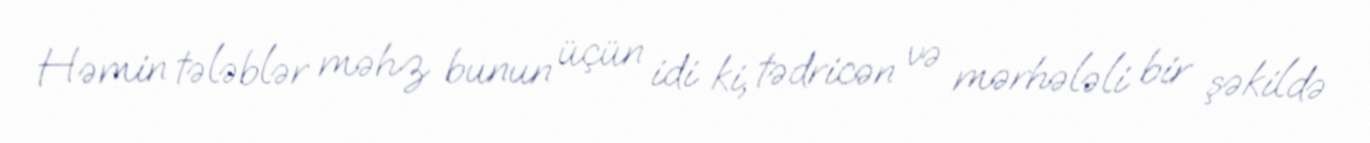
Həmin tələblər məhz bunun üçün idi ki, tədricən və mərhələli bir şəkildə